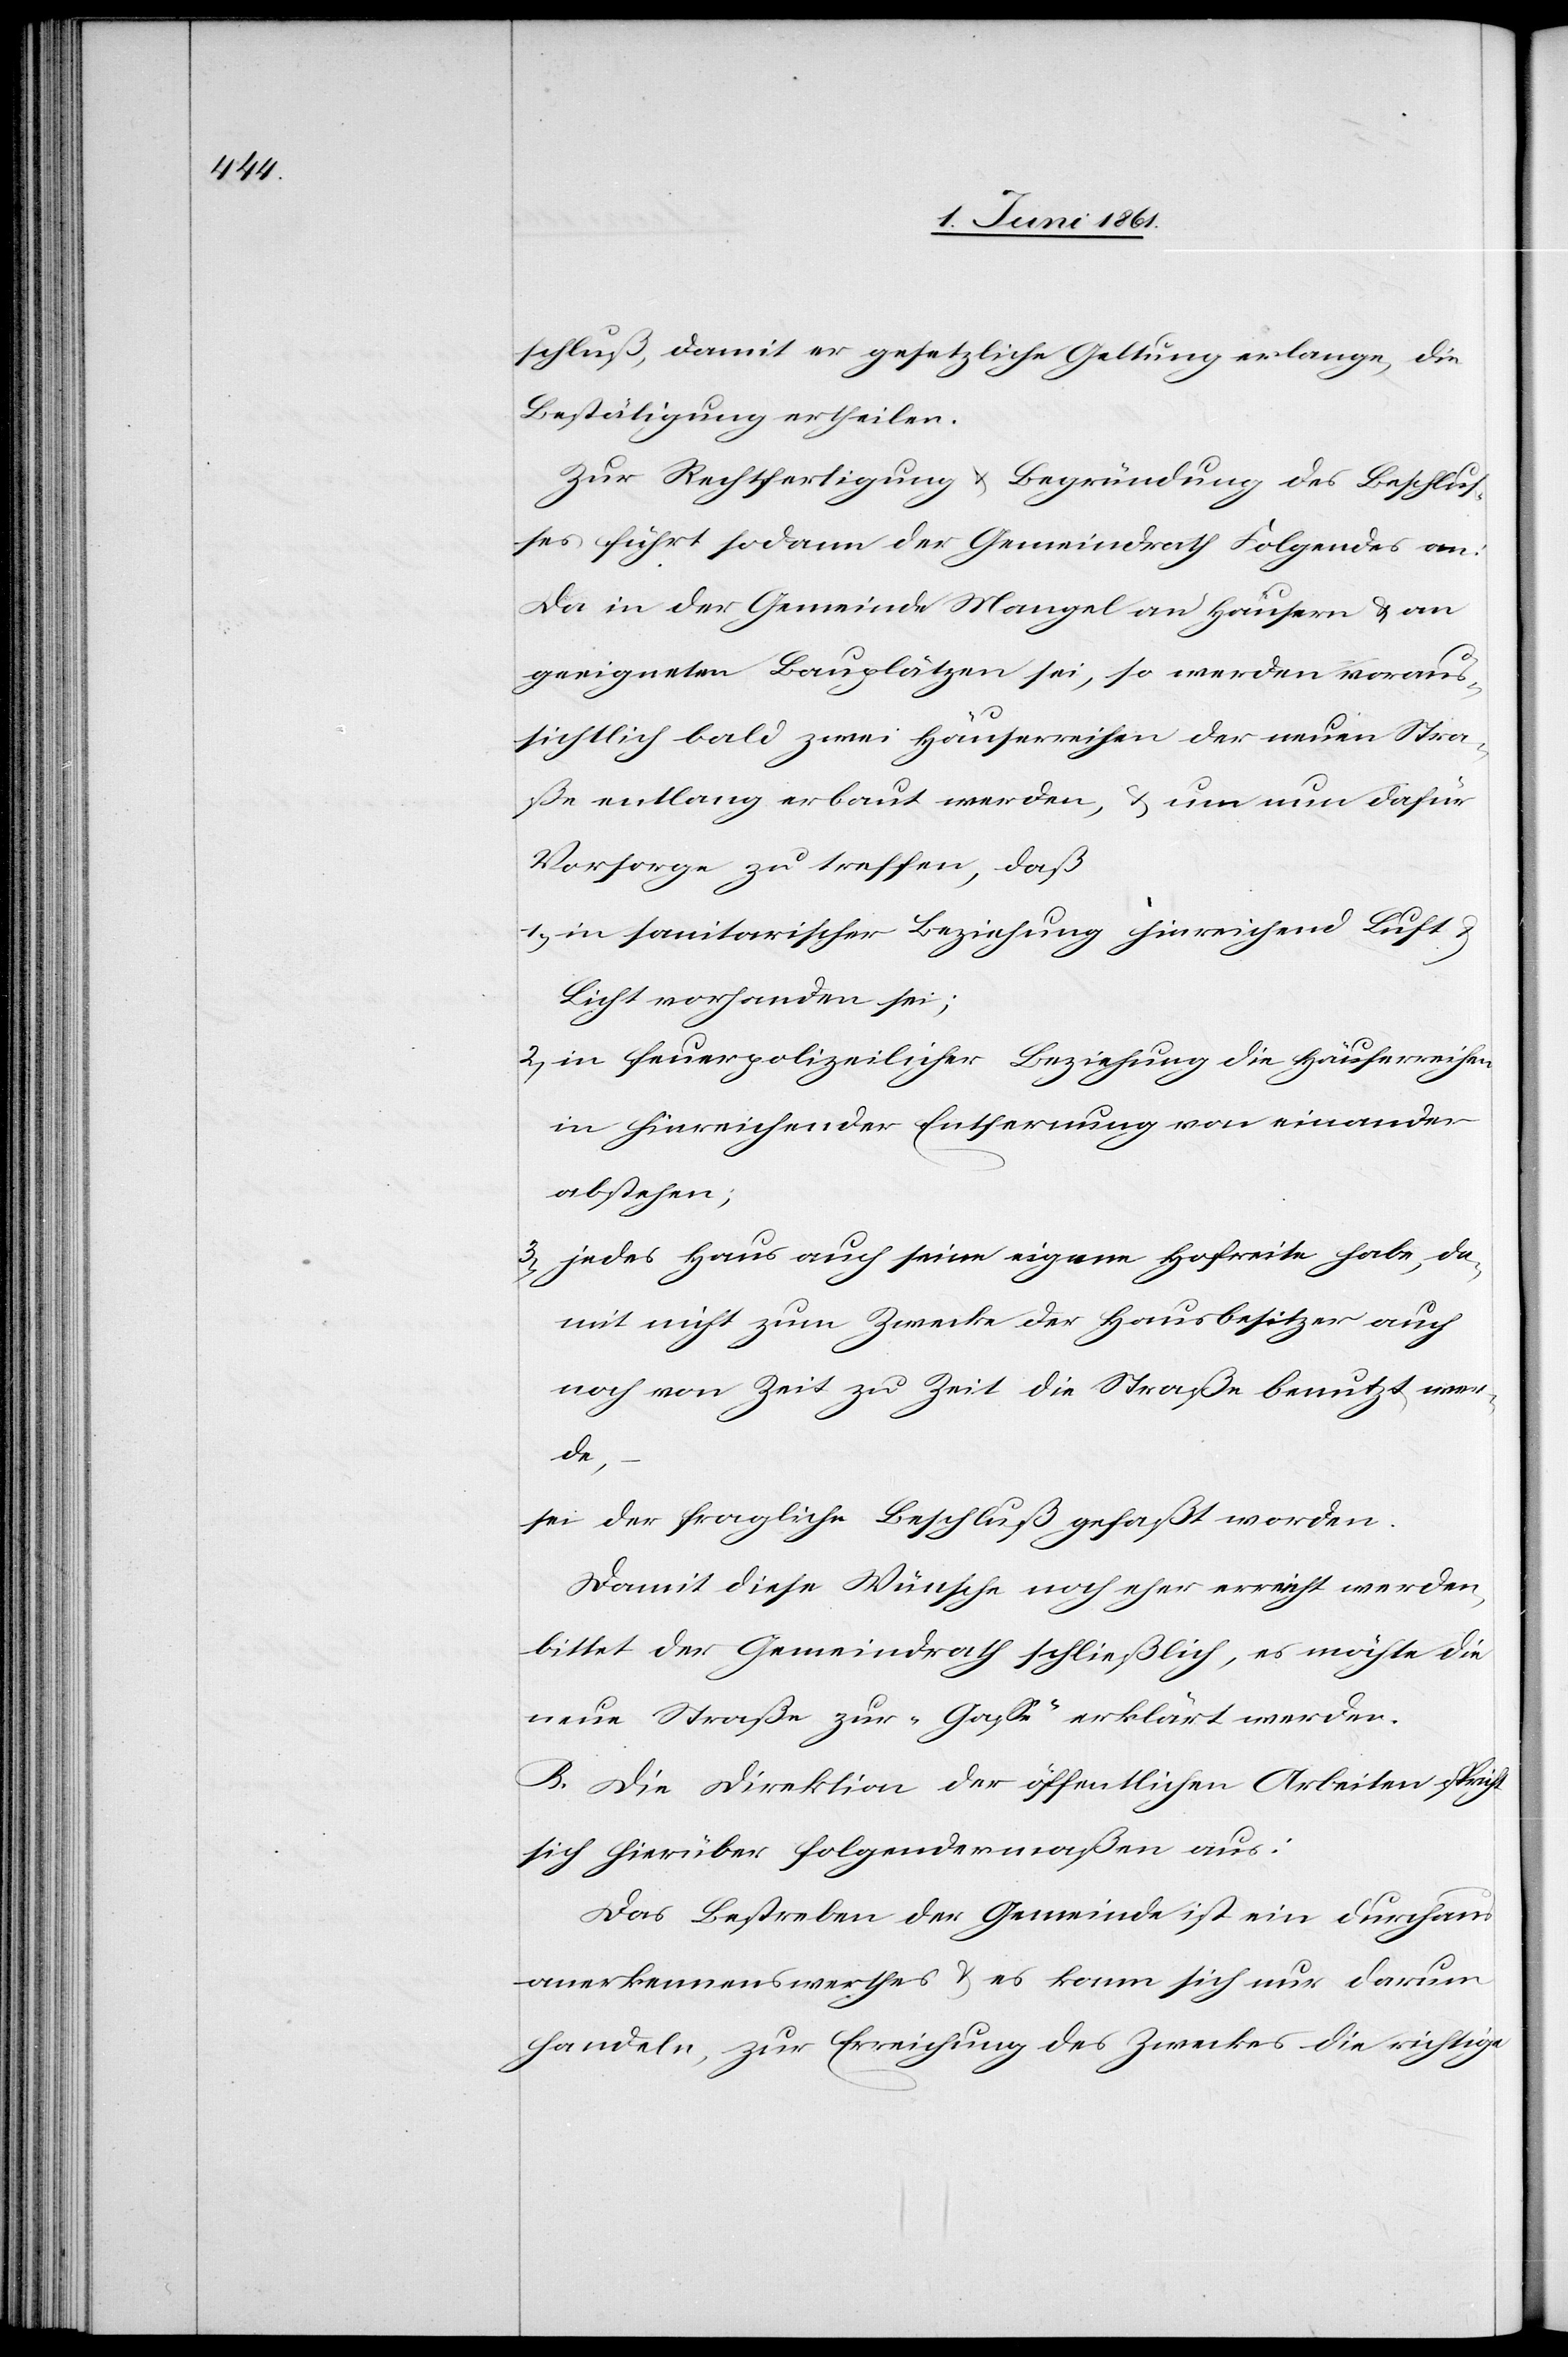
schluß, damit er gesetzliche Geltung erlange, die
Bestätigung ertheilen.
Zur Rechtfertigung u. Begründung des Beschlus¬
ses führt sodann der Gemeindrath Folgendes an:
Da in der Gemeinde Mangel an Häusern u. an
geeigneten Bauplätzen sei, so werden vorau¬
ssichtlich bald zwei Häuserreihen der neuen Stra¬
ße entlang erbaut werden, u. um nun dafür
Vorsorge zu treffen, daß
1) in sanitarischer Beziehung hinreichend Luft
Licht vorhanden sei;
2) in feuerpolizeilicher Beziehung die Häuserreihen
in hinreichender Entfernung von einander
abstehen;
3) jedes Haus auch seine eigene Hof[b]reite habe, da¬
mit nicht zum Zwecke der Hausbesitzer auch
noch von Zeit zu Zeit die Straße benutzt wer¬
de;
sei der fragliche Beschluß gefaßt worden.
Damit diese Wünsche noch eher erreicht werden,
bittet der Gemeindrath schließlich, es möchte die
neue Straße zur „Gasse“ erklärt werden.
B. Die Direktion der öffentlichen Arbeiten spricht
sich hierüber folgendermaßen aus:
Das Bestreben der Gemeinde ist ein durchaus
anerkennenswerthes u. es kann sich nur darum
handeln, zur Erreichung des Zweckes die richtige